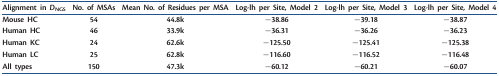
<table><thead><tr><td><b>Alignment in <i>D</i><sub>NGS</sub></b></td><td><b>No. of MSAs</b></td><td><b>Mean No. of Residues per MSA</b></td><td><b>Log-lh per Site, Model 2</b></td><td><b>Log-lh per Site, Model 3</b></td><td><b>Log-lh per Site, Model 4</b></td></tr></thead><tbody><tr><td>Mouse HC</td><td>54</td><td>44.8k</td><td>−38.86</td><td>−39.18</td><td>−38.87</td></tr><tr><td>Human HC</td><td>46</td><td>33.9k</td><td>−36.31</td><td>−36.26</td><td>−36.23</td></tr><tr><td>Human KC</td><td>24</td><td>62.6k</td><td>−125.50</td><td>−125.41</td><td>−125.38</td></tr><tr><td>Human LC</td><td>25</td><td>62.8k</td><td>−116.60</td><td>−116.52</td><td>−116.48</td></tr><tr><td>All types</td><td>150</td><td>47.3k</td><td>−60.12</td><td>−60.21</td><td>−60.07</td></tr></tbody></table>